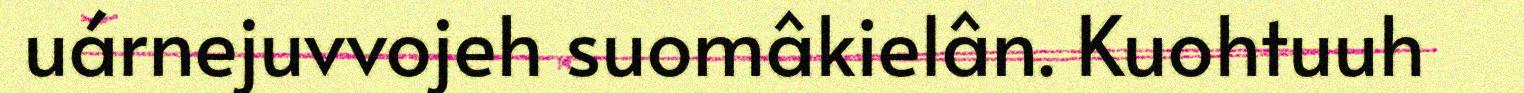
uárnejuvvojeh suomâkielân. Kuohtuuh